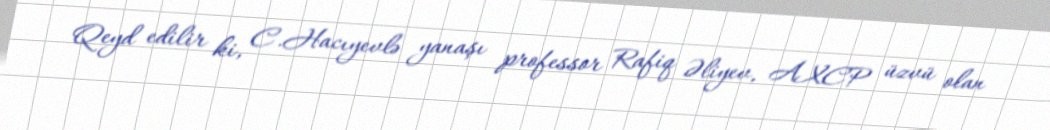
Qeyd edilir ki, C.Hacıyevlə yanaşı professor Rafiq Əliyev, AXCP üzvü olan